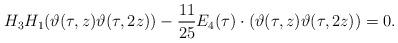
LaTeX: \begin{align*}H_3H_1(\vartheta(\tau,z)\vartheta(\tau,2z))-\frac{11}{25}E_4(\tau)\cdot(\vartheta(\tau,z)\vartheta(\tau,2z))=0.\end{align*}